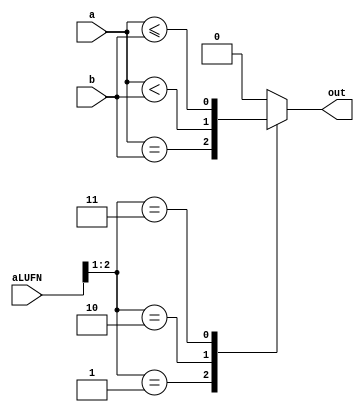
/*
   This file was generated automatically by the Mojo IDE version B1.3.4.
   Do not edit this file directly. Instead edit the original Lucid source.
   This is a temporary file and any changes made to it will be destroyed.
*/

module comparator_5 (
    input [7:0] a,
    input [7:0] b,
    input [5:0] aLUFN,
    output reg [0:0] out
  );
  
  
  
  reg [7:0] s;
  
  always @* begin
    
    case (aLUFN[1+1-:2])
      default: begin
        out = 1'h0;
      end
      1'h1: begin
        out = a == b;
      end
      2'h2: begin
        out = a < b;
      end
      2'h3: begin
        out = a <= b;
      end
    endcase
  end
endmodule